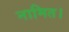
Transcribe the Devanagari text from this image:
नामित।